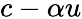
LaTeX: c-\alpha u